Lunatic asylums Punjab 1868-1880 - 1868-1880
Year: 1868
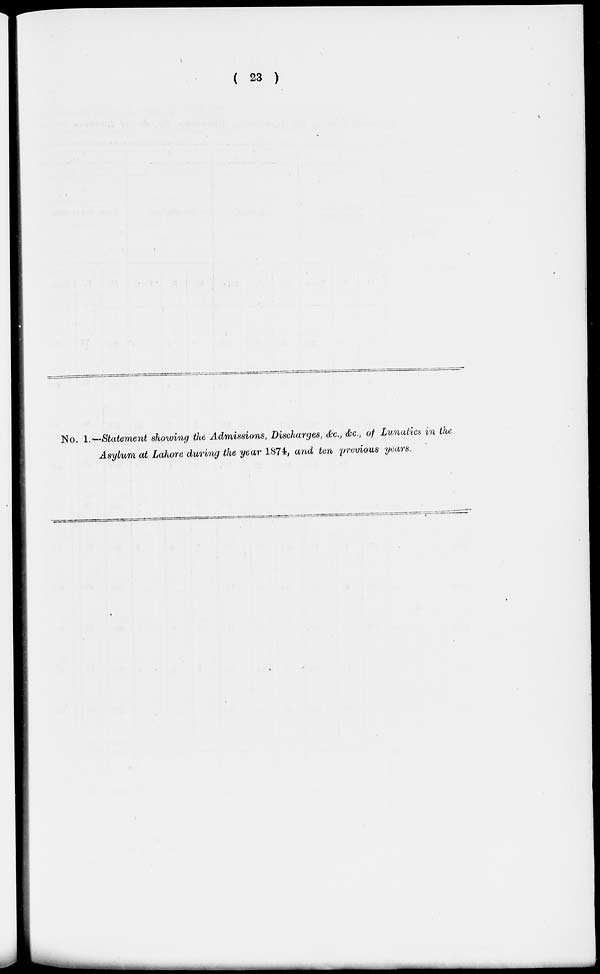
( 23 )
No. 1.—Statement showing the Admissions, Discharges, &c., &c., of Lunatics in the
Asylum at Lahore during the year 1874, and ten previous years.